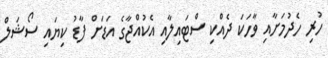
ހުރި ހެދުމަށާއި ވާހަކަ ދެއްކި ސްޓައިލާއި އެކުއްޖާގެ އަޑަށް ފާޑު ކިޔައި ސޯޝަލް